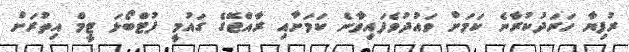
ރުފިޔާ ހަރަދުކުރާނެ ކަމަށް ވައުދުވެފައިވާނެ ކަމަށާއި ރާއްޖޭގެ ގައުމީ ފުޓްބޯޅަ ޓީމް އިތުރަށް